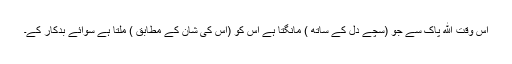
اس وقت الله پاک سے جو (سچے دل کے ساتھ ) مانگتا ہے اس کو (اس کی شان کے مطابق ) ملتا ہے سوائے بدکار کے۔